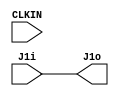
module main (input [3:0] J1i, output [3:0] J1o, input  CLKIN);
assign J1o = J1i;
endmodule